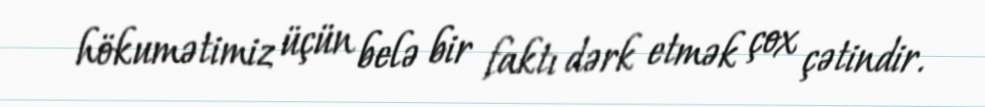
hökumətimiz üçün belə bir faktı dərk etmək çox çətindir.